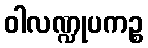
ဝါလဏ္ဍုပကဉ္စ